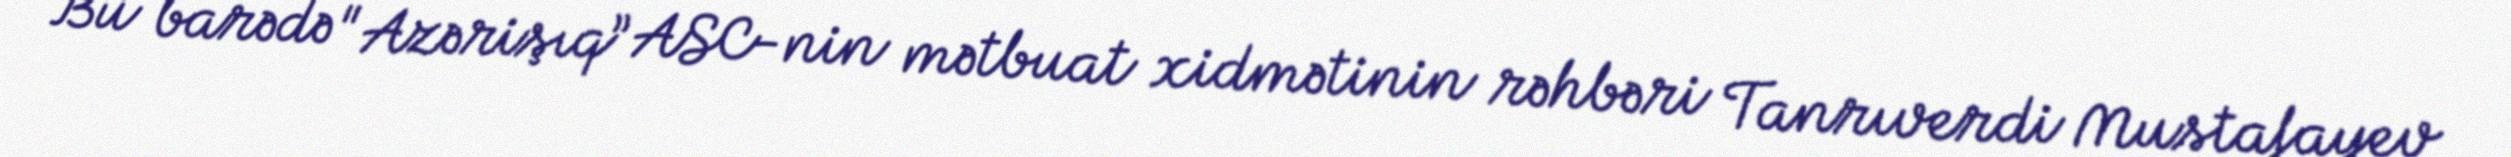
Bu barədə "Azərişıq” ASC-nin mətbuat xidmətinin rəhbəri Tanrıverdi Mustafayev